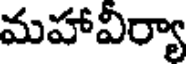
మహావీర్యా